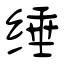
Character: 缍